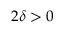
2 \delta > 0